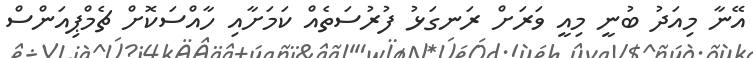
އޭނާ މިއަދު ބުނީ މިއީ ވަރަށް ރަނގަޅު ފުރުސަތެއް ކަމަށާއި ހާއްސަކޮށް ޗެމްޕިއަންސް